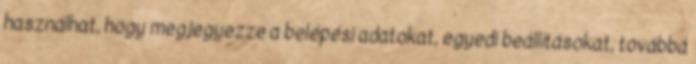
használhat, hogy megjegyezze a belépési adatokat, egyedi beállításokat, továbbá